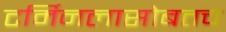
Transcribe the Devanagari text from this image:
टर्मिनलासोबतच